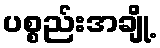
ပစ္စည်းအချို့